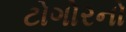
ટોગોરનો